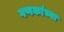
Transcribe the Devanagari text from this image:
गणकांच्या